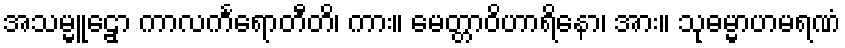
အသမ္မူဠှော ကာလင်္ကရောတီတိ၊ ကား။ မေတ္တာဝိဟာရိနော၊ အား။ သုဓမ္မာဟမရဏံ